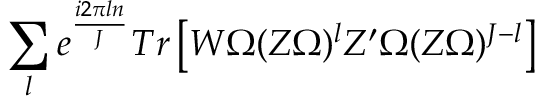
\sum _ { l } e ^ { \frac { i 2 \pi l n } { J } } T r \left[ W \Omega ( Z \Omega ) ^ { l } Z ^ { \prime } \Omega ( Z \Omega ) ^ { J - l } \right]